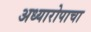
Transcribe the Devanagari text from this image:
अध्यारोपाचा